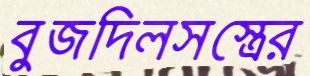
বুজদিলসস্ত্রের